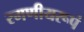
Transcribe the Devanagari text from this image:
रमणीयरूपं